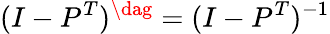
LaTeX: (I-P^{T})^{\dag}=(I-P^{T})^{-1}